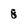
Character: 8